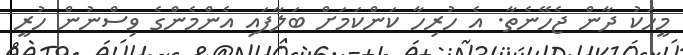
މީހަކު ދާން ޖެހޭނެތާ. އެ ހުރިހާ ކަންކަމަށް ބަލާފައި އެންމެންގެ ވިސްނުން ހުރީ